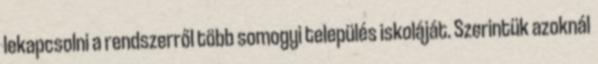
lekapcsolni a rendszerről több somogyi település iskoláját. Szerintük azoknál